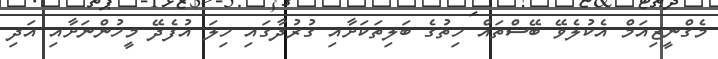
މެގްނީޒިއަމް އެކުލެވޭ ބޭސްތައް ހިތުގެ ބަލިތަކަށާއި ގުރުދާގައި ހިލަ އުފެދޭ މީހުންނަށާއި އަދި